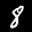
Label: 8